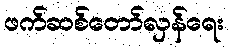
ဖက်ဆစ်တော်လှန်ရေး